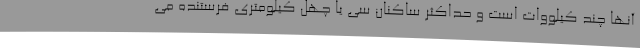
آنها چند کیلووات است و حداکثر ساکنان سی یا چهل کیلومتری فرستنده می